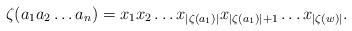
LaTeX: \begin{align*}\zeta(a_1a_2\ldots a_{n})=x_1x_2\ldots x_{|\zeta(a_1)|}x_{|\zeta(a_1)|+1}\ldots x_{|\zeta(w)|}. \end{align*}